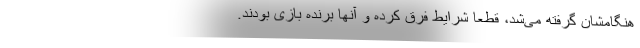
هنگامشان گرفته می‌شد، قطعاً شرایط فرق کرده و آنها برنده بازی بودند.